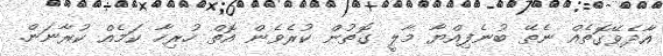
އާދެވޭގޮތެއް ނެތޭ ބުނެފިއްޔާ މާލީ ގޮތުން ކުރެވެން އޮތް ހުރިހާ ކަމެއް ކުރާނަން.